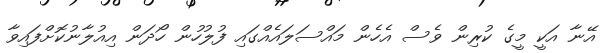
އޭނާ އަކީ މީގެ ކުރިން ވެސް އެހެން މައްސަލައެއްގައި ފުލުހުން ހޯދަން އިއުލާނުކޮށްފައިވާ